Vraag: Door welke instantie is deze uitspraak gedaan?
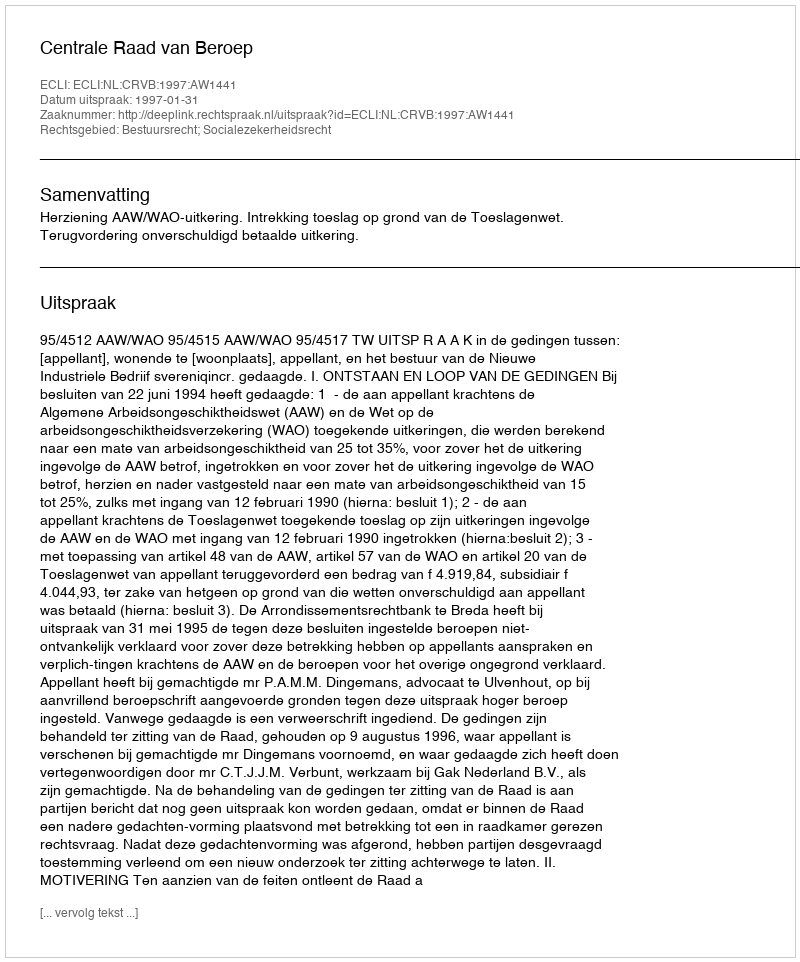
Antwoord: Centrale Raad van Beroep